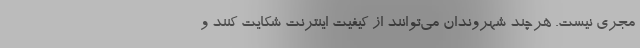
مجري نيست. هرچند شهروندان مي‌توانند از كيفيت اينترنت شكايت كنند و